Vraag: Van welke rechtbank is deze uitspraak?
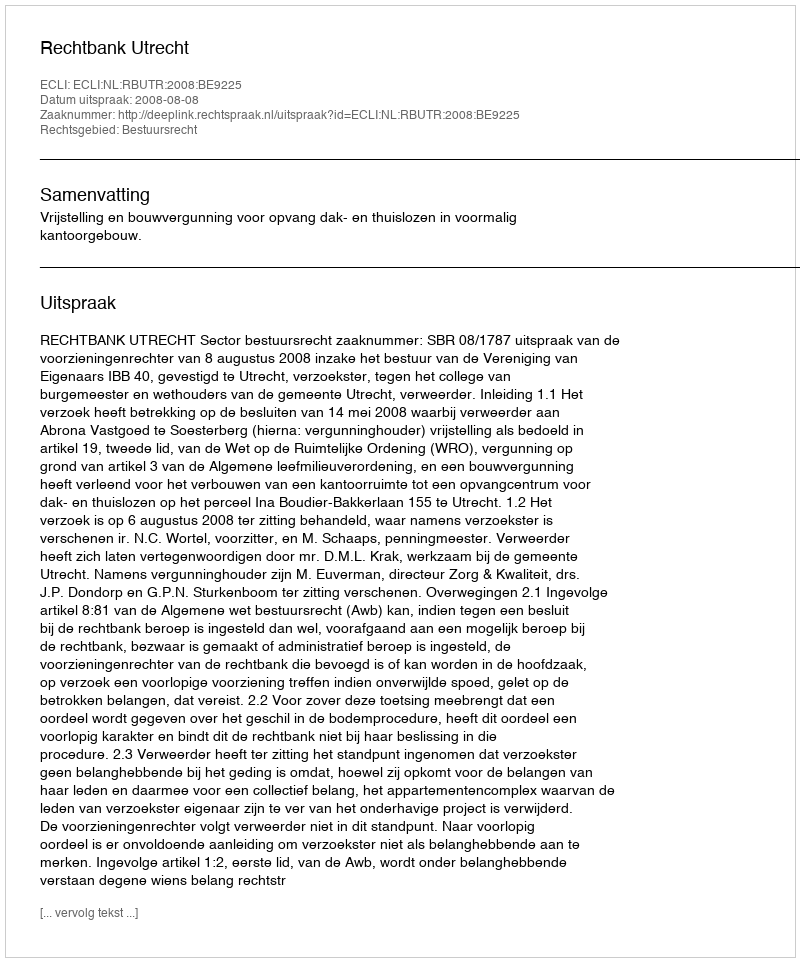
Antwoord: Rechtbank Utrecht